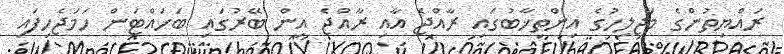
ރައްޔިތުންގެ މަޖިލިހުގެ އިންތިޚާބުގައި ރާއްޖެ އާއި ރާއްޖެ އިން ބޭރުގައި ބަހައްޓަން ހަމަޖެހިފައި